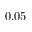
0 . 0 5